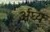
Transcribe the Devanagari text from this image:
र्अघ्य